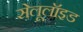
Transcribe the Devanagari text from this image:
सेलूलॉइड